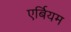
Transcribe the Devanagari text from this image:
एर्बियम